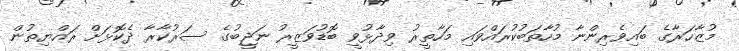
މުޒާހަރާގެ ބައިވެރިންނާ މުހާތަބުކުރައްވައި މަހާތީރު ވިދާޅުވީ ބޮޑުވަޒީރު ނަޖީބުގެ ސަރުކާރާ ދެކޮޅަށް ރައްޔިތުން